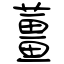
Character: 薑